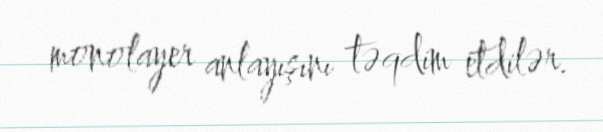
monolayer anlayışını təqdim etdilər.